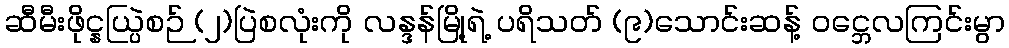
ဆီမီးဖိုင္နယ္ပြဲစဉ် (၂)ပြဲစလုံးကို လန္ဒန်မြို့ရဲ့ ပရိသတ် (၉)သောင်းဆန့် ဝင္ဘေလကြင်းမွာ